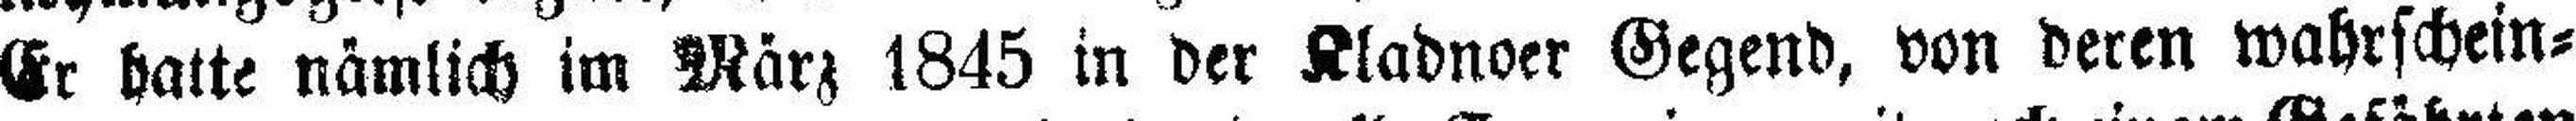
Er hatte nämlich im März 1845 in der Kladnoer Gegend, von deren wahrschein¬